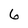
Character: 6